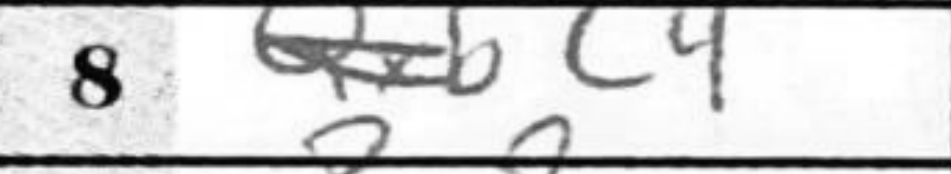
Transcription: c4